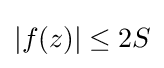
|f(z)|\leq 2S